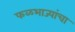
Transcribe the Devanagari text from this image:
फळभाज्यांचा